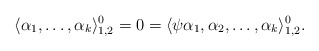
\begin{align*}\langle \alpha_1,\dots,\alpha_k\rangle_{1,2}^0=0=\langle \psi \alpha_1,\alpha_2,\dots,\alpha_k\rangle_{1,2}^0.\end{align*}